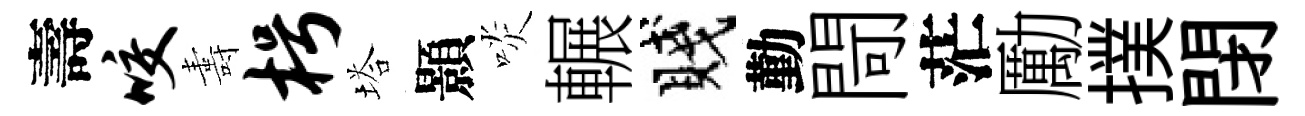
壽咬夀枵塔顥啖輾賤勤閜茫勵撲閉